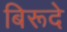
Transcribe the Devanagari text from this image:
बिरूदे